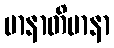
မာနာတိမာနာ